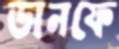
ডানফে